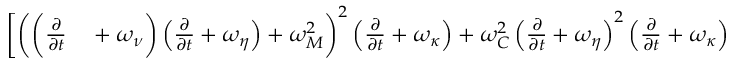
\begin{array} { r l } { \bigg [ \bigg ( \bigg ( \frac { \partial } { \partial { t } } } & { { } + \omega _ { \nu } \bigg ) \left( \frac { \partial } { \partial { t } } + \omega _ { \eta } \right) + \omega _ { M } ^ { 2 } \bigg ) ^ { 2 } \left( \frac { \partial } { \partial { t } } + \omega _ { \kappa } \right) + \omega _ { C } ^ { 2 } \left( \frac { \partial } { \partial { t } } + \omega _ { \eta } \right) ^ { 2 } \left( \frac { \partial } { \partial { t } } + \omega _ { \kappa } \right) } \end{array}